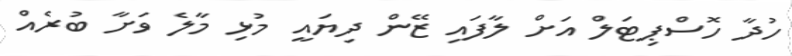
ހުދާ ހޮސްޕިޓަލް އަށް ލާފައި ޒޭން ދިޔައީ މުޅި މާލެ ވަށާ ބުރެއް